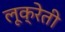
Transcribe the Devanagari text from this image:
लूक्रेती